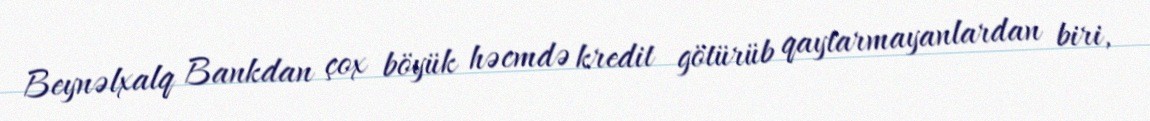
Beynəlxalq Bankdan çox böyük həcmdə kredit götürüb qaytarmayanlardan biri,